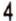
4